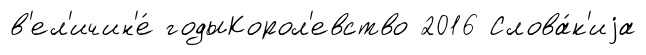
в'ел'ичин'е́ годыКорол'евство 2016 Слова́к'иjа